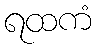
ရထကံ